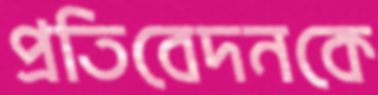
প্রতিবেদনকে